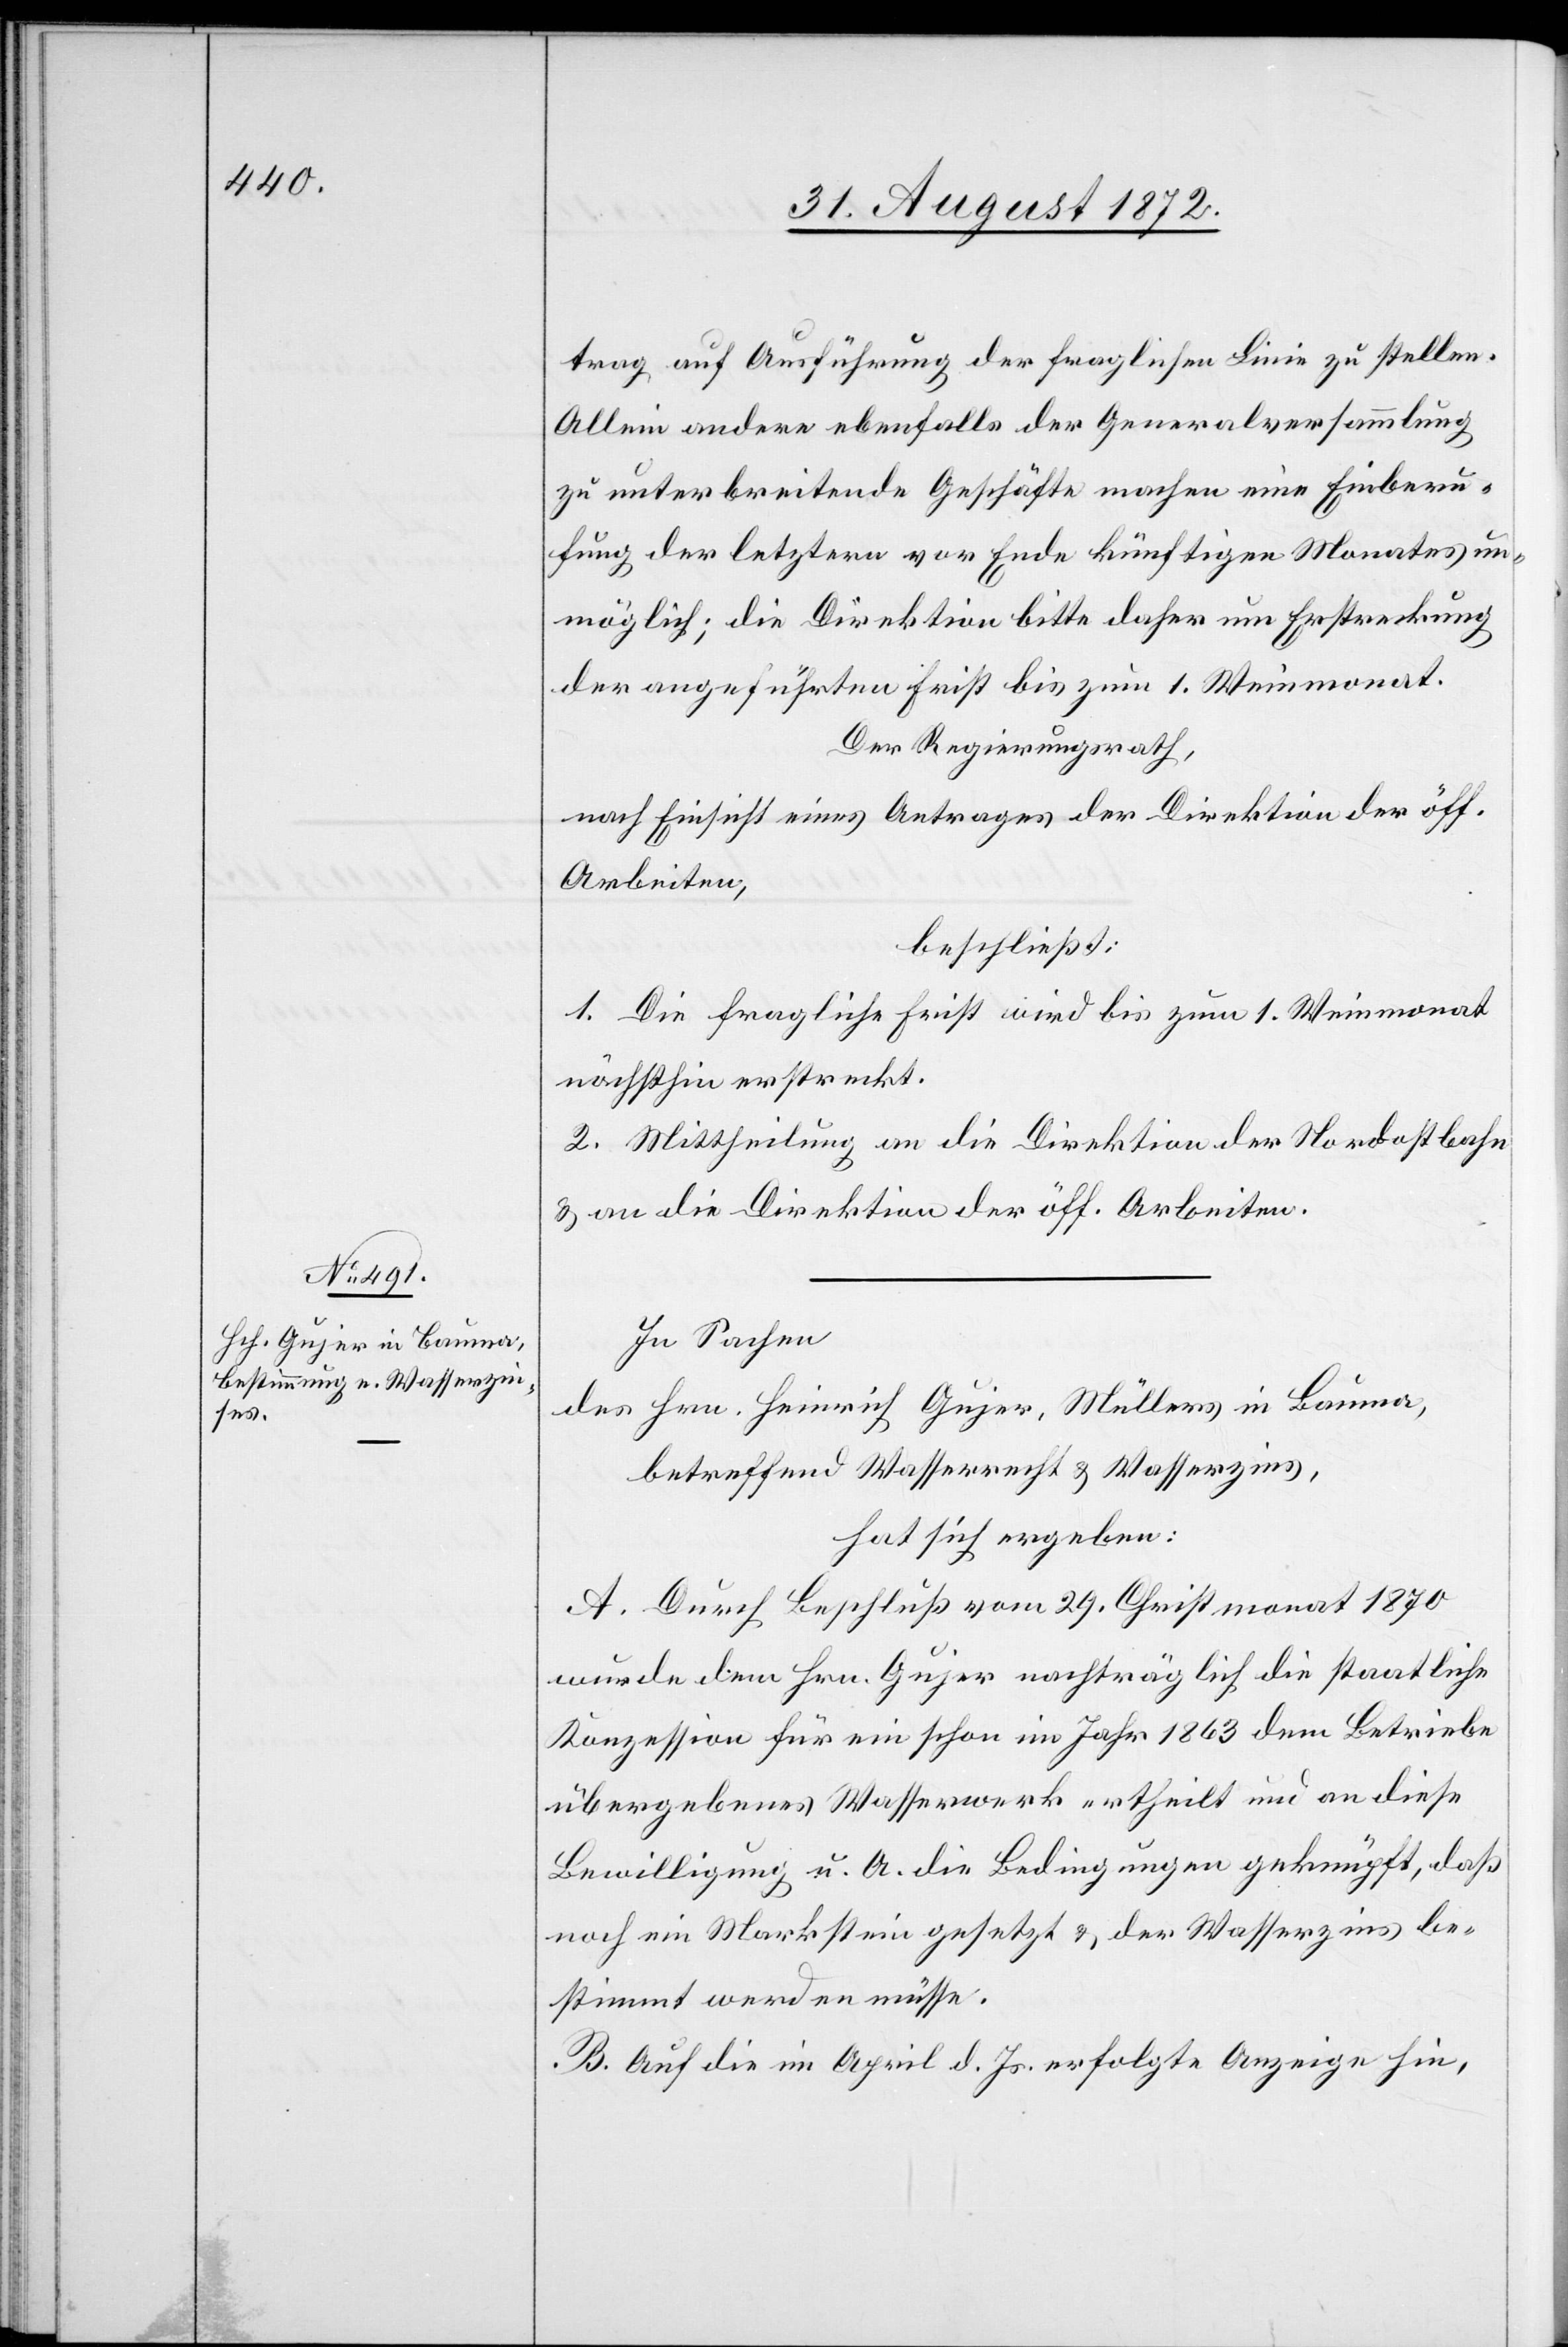
trag auf Ausführung der fraglichen Linie zu stellen.
Allein andere ebenfalls der Generalversammlung
zu unterbreitende Geschäfte machen eine Einberu¬
fung der letztern vor Ende künftigen Monates un¬
möglich; die Direktion bitte daher um Erstreckung
der angeführten Frist bis zum 1. Weinmonat.
Der Regierungsrath,
nach Einsicht eines Antrages der Direktion der öff.
Arbeiten,
beschließt:
1. Die fragliche Frist wird bis zum 1. Weinmonat
nächsthin erstreckt.
2. Mittheilung an die Direktion der Nordostbahn
u. an die Direktion der öff. Arbeiten.
In Sachen
des Hrn. Heinrich Gujer, Müllers in Bauma,
betreffend Wasserrecht u. Wasserzins,
hat sich ergeben:
A. Durch Beschluß vom 29. Christmonat 1870
wurde dem Hrn. Gujer nachträglich die staatliche
Konzession für ein schon im Jahr 1863 dem Betriebe
übergebenes Wasserwerk ertheilt und an diese
Bewilligung u. A. die Bedingungen geknüpft, daß
noch ein Markstein gesetzt u. der Wasserzins be¬
stimmt werden müsse.
B. Auf die im April d. Js. erfolgte Anzeige hin,